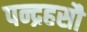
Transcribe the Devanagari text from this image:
पन्द्रहसौ